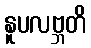
နူပလဗ္ဘတိ